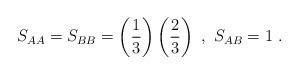
LaTeX: \begin{align*}S_{AA}=S_{BB}=\left(\frac{1}{3}\right)\left(\frac{2}{3}\right)\ ,\ S_{AB}=1\ .\end{align*}